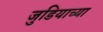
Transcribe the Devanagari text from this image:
जुडियाच्या